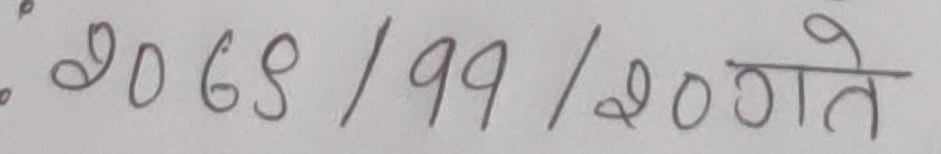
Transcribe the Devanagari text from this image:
2068/99/200 गते